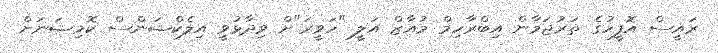
ރައީސް އޮފީހުގެ ތަރުޖަމާން އިބްރާހިމް މުއާޒް އަލީ "ހަވީރަ"ށް ވިދާޅުވީ އިލެކްޝަންސް ކޮމިޝަނަށް